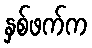
နှစ်ဖက်က